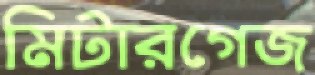
মিটারগেজ